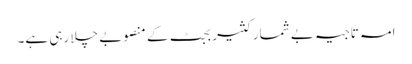
امہ تاجیہ بے شمار کثیر بجٹ کے منصوبے چلا رہی ہے۔